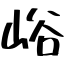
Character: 峪